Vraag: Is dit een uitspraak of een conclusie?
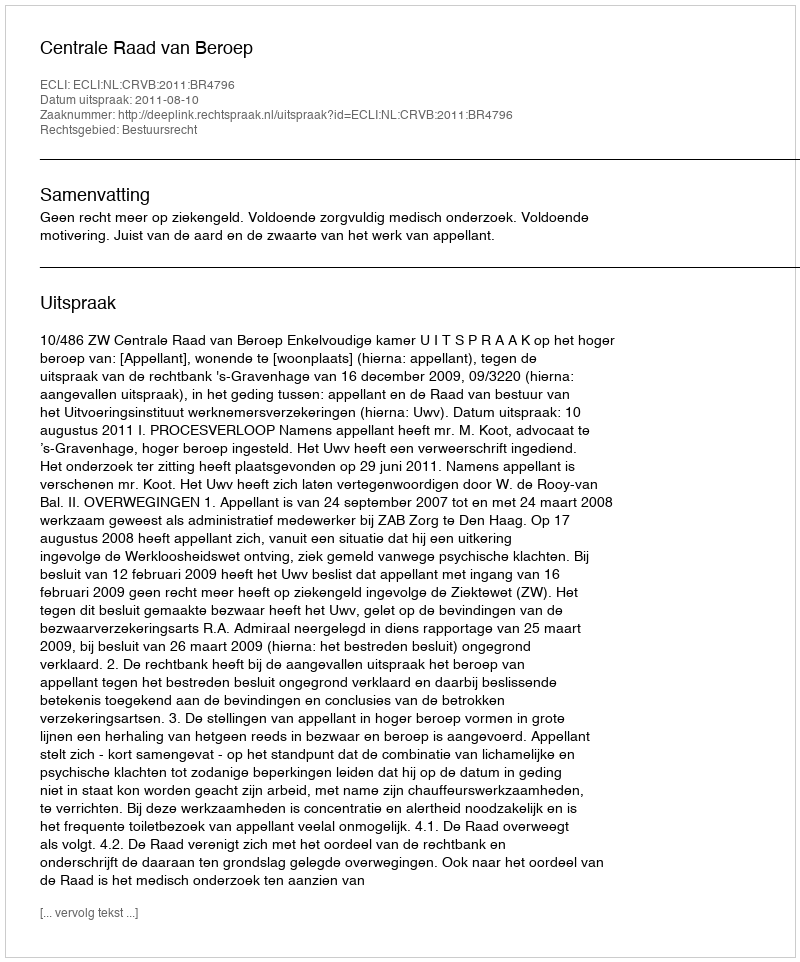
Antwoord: Uitspraak